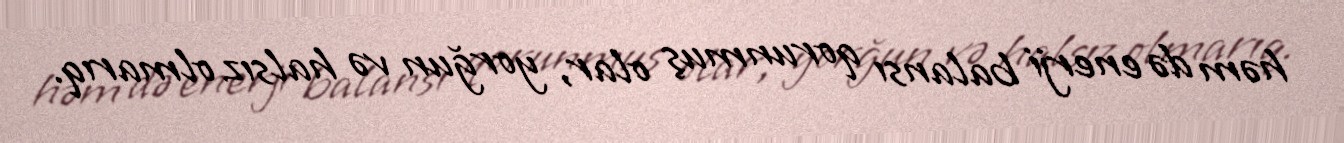
həm də enerji balansı qorunmuş olar, yorğun və halsız olmarıq.